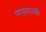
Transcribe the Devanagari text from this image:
पप्पाराज्ज़ी